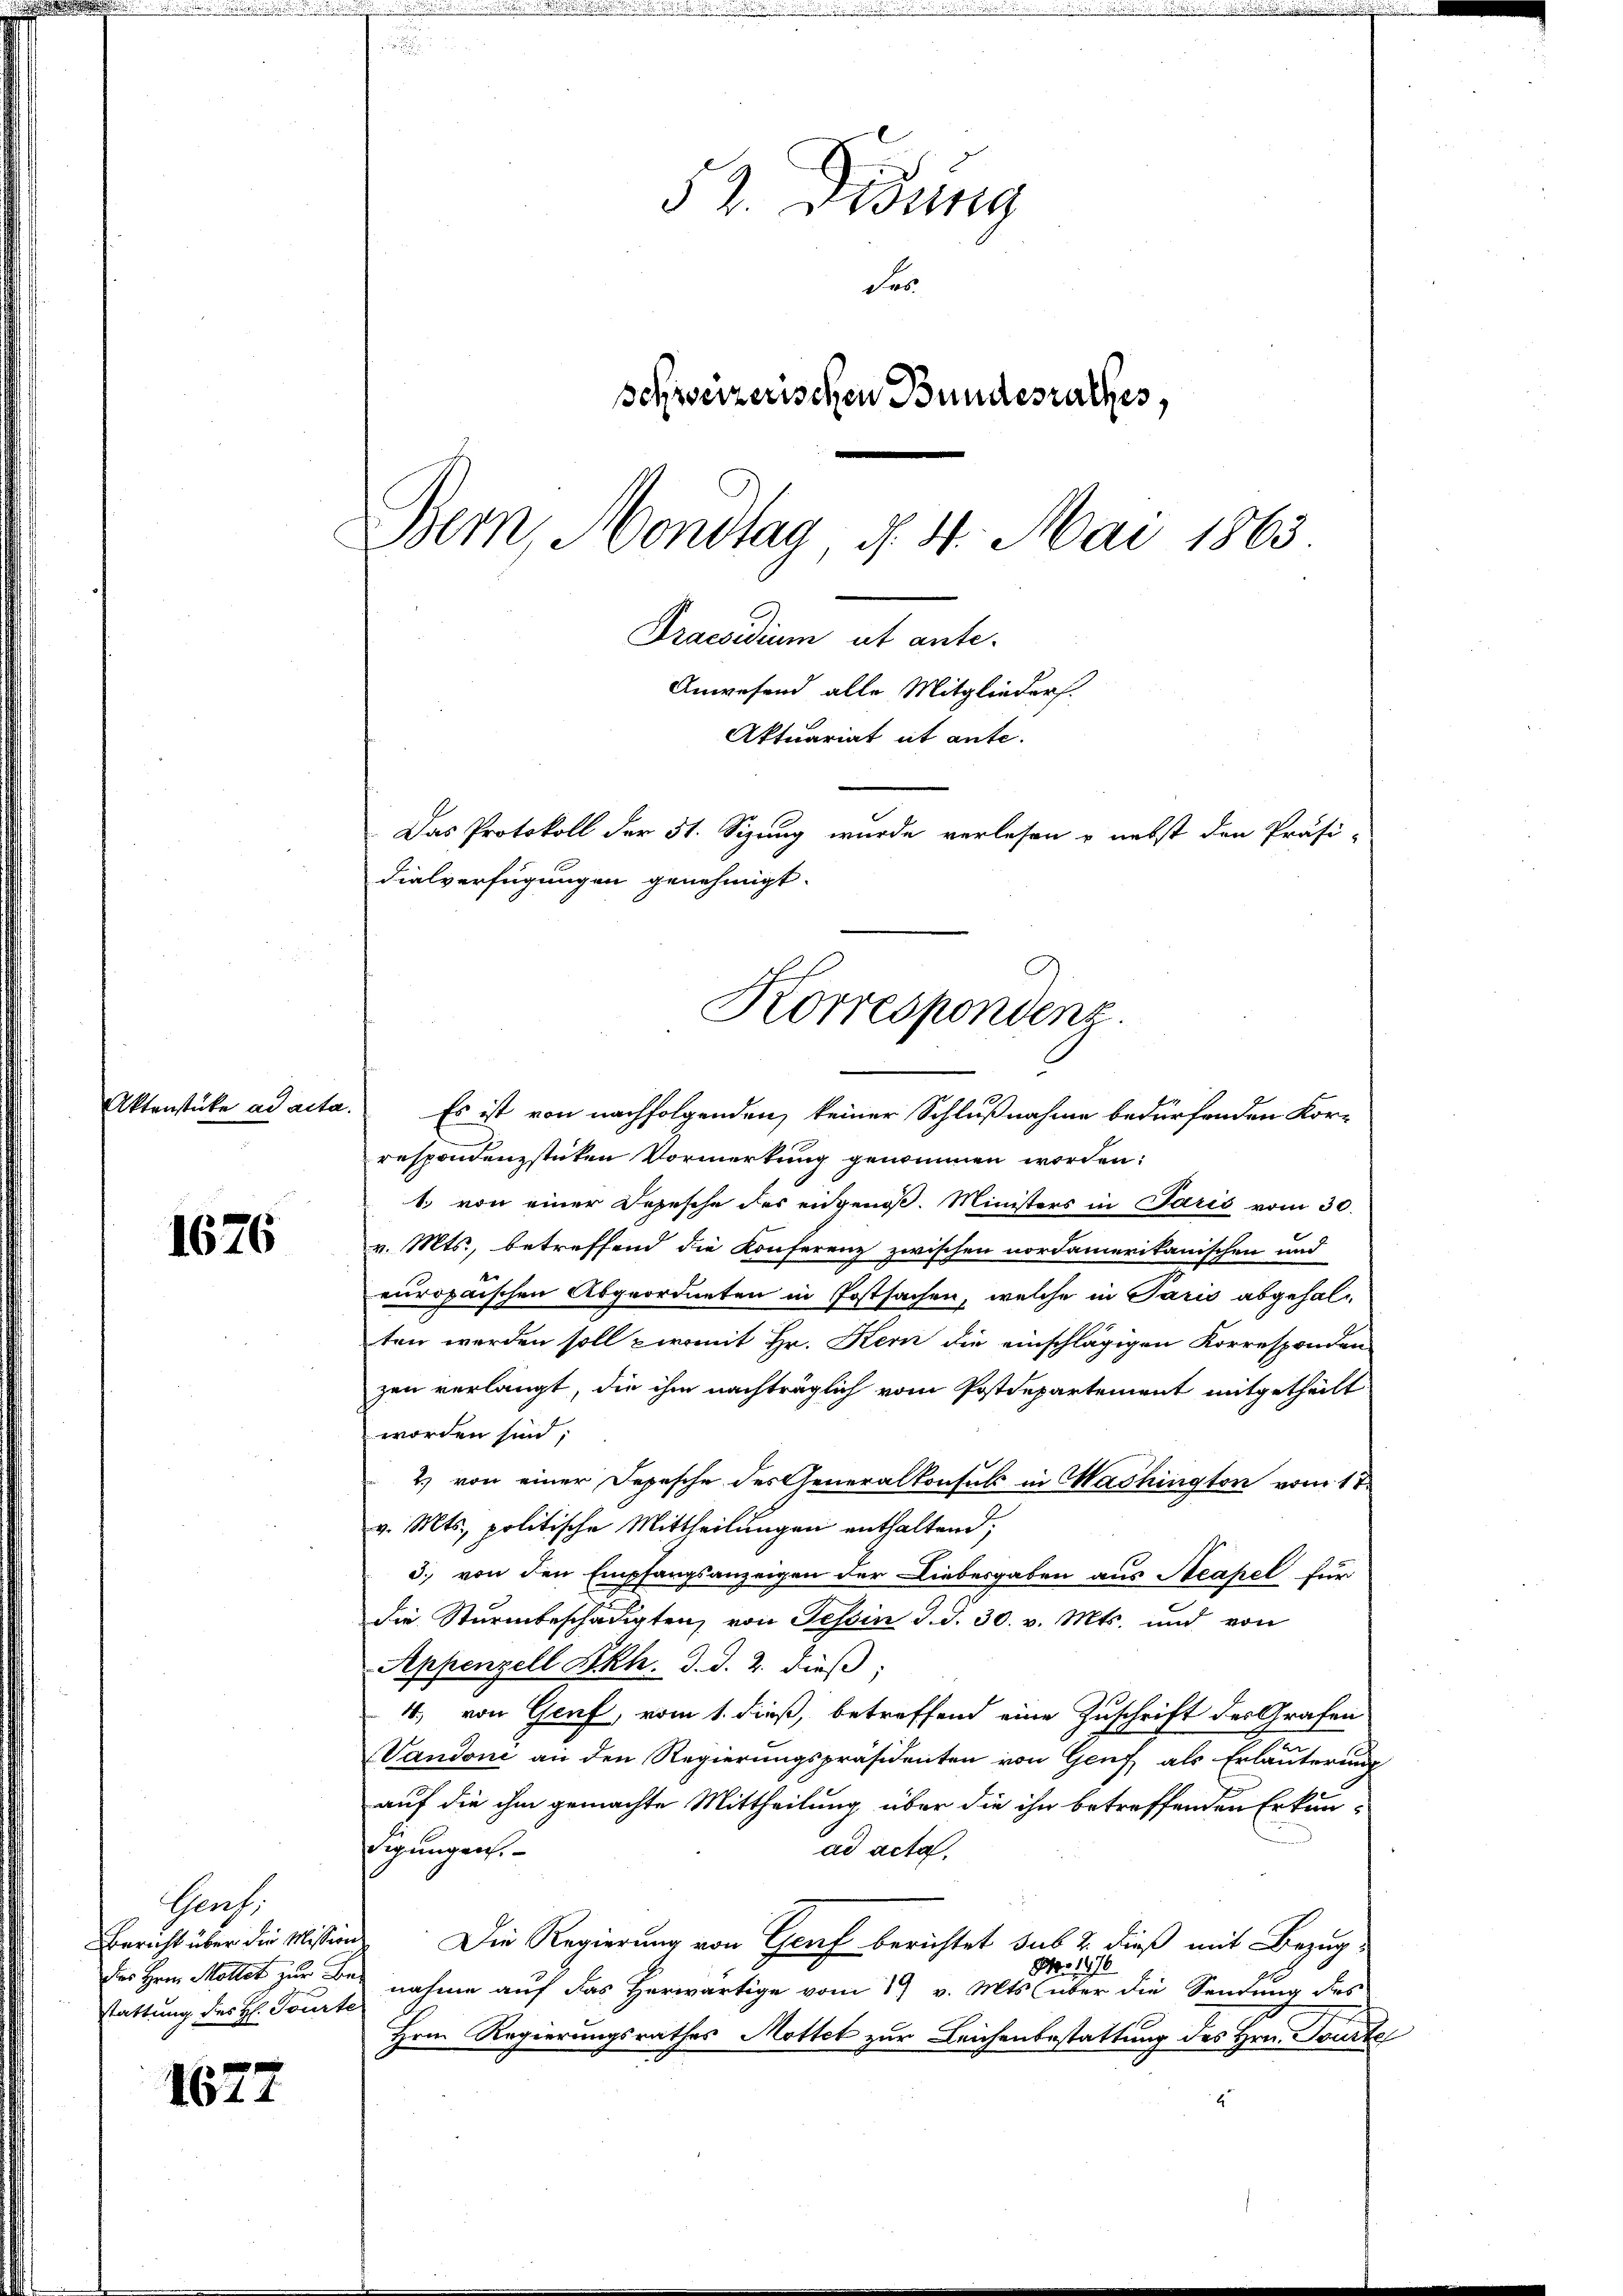
Aktenstücke ad acta.

1676

Grafs
des Herrn Mottet zur Bestattung des H. Tourte

1527

53. Didung
das
schweizerischen Bundesrathes,
Bem, Mondtag d. 4. Mai 1865
Praesidium ut ante-
Anwesend alle Mitglieders.

Aktuariat et ante.
Das Protokoll der 51. Sizung wurde verlesen u. nebst den Präsi-
dialverfügungen genehmigt.
Korrespondenz.

Es ist von nachfolgenden, keiner Schlußnahme bedürfenden Kor-
respondenzstücken Vormerkung genommen worden.
1. von einer Depesche des eidgenoß. Ministers in Paris vom 30.
v. Mts., betreffend die Konferenz zwischen nordamerikanischen und
europaischen Abgeordneten in Postsachen, welche in Paris abgehalten werden soll womit Hr. Kern die einschlägigen Korresponden
zen verlangt, die ihm nachträglich vom Postdepartement mitgetheilt
worden sind;
2.) von einer Depesche des Generalkonsuls in Washington vom 17.
v. Mts., politische Mittheilungen enthaltend;
3. von den Empfangsanzeigen der Liebesgaben aus Acapel für
die Sturmbeschädigten, von Tessin d. d. 30. v. Mts. und von
Appenzell Skh. d. d. 2. dieß:
4., von Genf, vom 1. dieß, betreffend eine Zuschrift des Grafen
Vandone an den Regierungspräsidenten von Genf als Erläuterung
auf die ihm gemachte Mittheilung über die ihn betreffenden Erkundigungen.
ad acta.
Bericht über die Mission Die Regierung von Graf berichtet sub 2 dieß mit Bezug¬
Nro 1876
nahme auf das Herwärtige vom 17 v. Mts. über die Sendung des
Hrn. Regierungsrathes Mottet zur Leichenbestattung des Hrn. Tourte
1